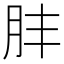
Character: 肨